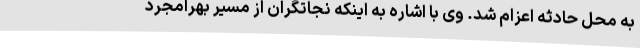
به محل حادثه اعزام شد. وی با اشاره به اینکه نجاتگران از مسیر بهرامجرد